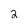
Character: 2